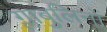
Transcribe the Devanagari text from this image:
ग्लाबुलिनों